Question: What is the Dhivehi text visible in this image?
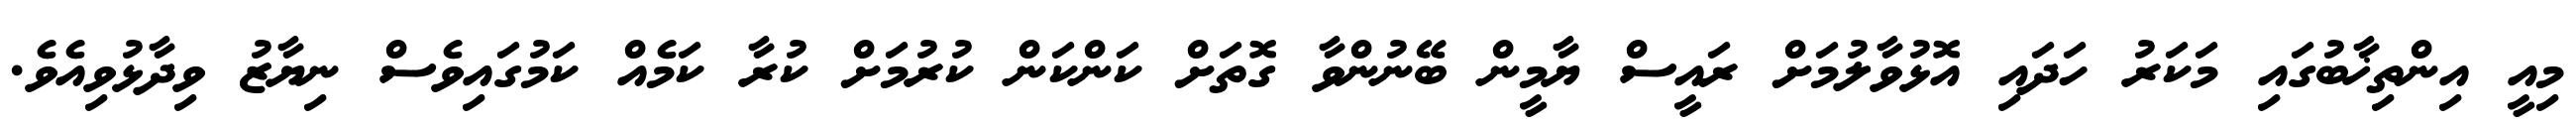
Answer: މިއީ އިންތިޚާބުގައި މަކަރު ހަދައި އޮޅުވާލުމަށް ރައީސް ޔާމީން ބޭނުންވާ ގޮތަށް ކަންކަން ކުރުމަށް ކުރާ ކަމެއް ކަމުގައިވެސް ނިޔާޒު ވިދާޅުވިއެވެ.